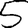
Digit: 5